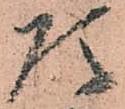
頭